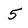
Character: 5